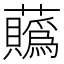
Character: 𧅅